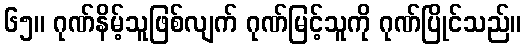
၆၅။ ဂုဏ်နိမ့်သူဖြစ်လျက် ဂုဏ်မြင့်သူကို ဂုဏ်ပြိုင်သည်။